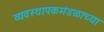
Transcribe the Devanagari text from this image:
व्यवस्थापकमंडळाच्या